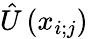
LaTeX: \hat{U}\left(x_{i;j}\right)